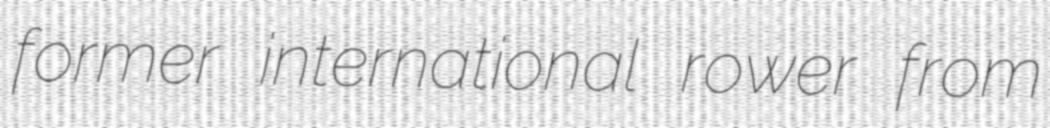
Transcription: former international rower from